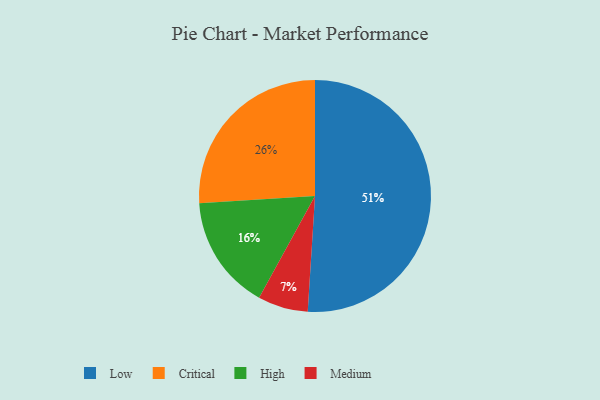
{"axis": {"x": "Category", "y": "Percentage"}, "legend": ["Critical", "High", "Low", "Medium"], "data": [{"x": "Medium", "y": 7, "type": "Medium"}, {"x": "Critical", "y": 26, "type": "Critical"}, {"x": "Low", "y": 51, "type": "Low"}, {"x": "High", "y": 16, "type": "High"}]}